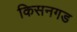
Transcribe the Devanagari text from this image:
किसनगड